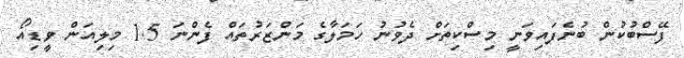
ފޭސްބުކުން ބުނެފައިވަނީ މިސްކިތަށް ދެވުނު ހަމަލާގެ މަންޒަރުތައް ފެންނަ 1.5 މިލިއަން ވީޑިއޯ